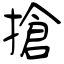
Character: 搶